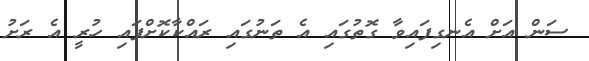
ސަން އަށް އެނގިފައިވާ ގޮތުގައި އެ ތަނުގައި ރައްކާކޮށްފައި ހުރީ އެ ރަށު